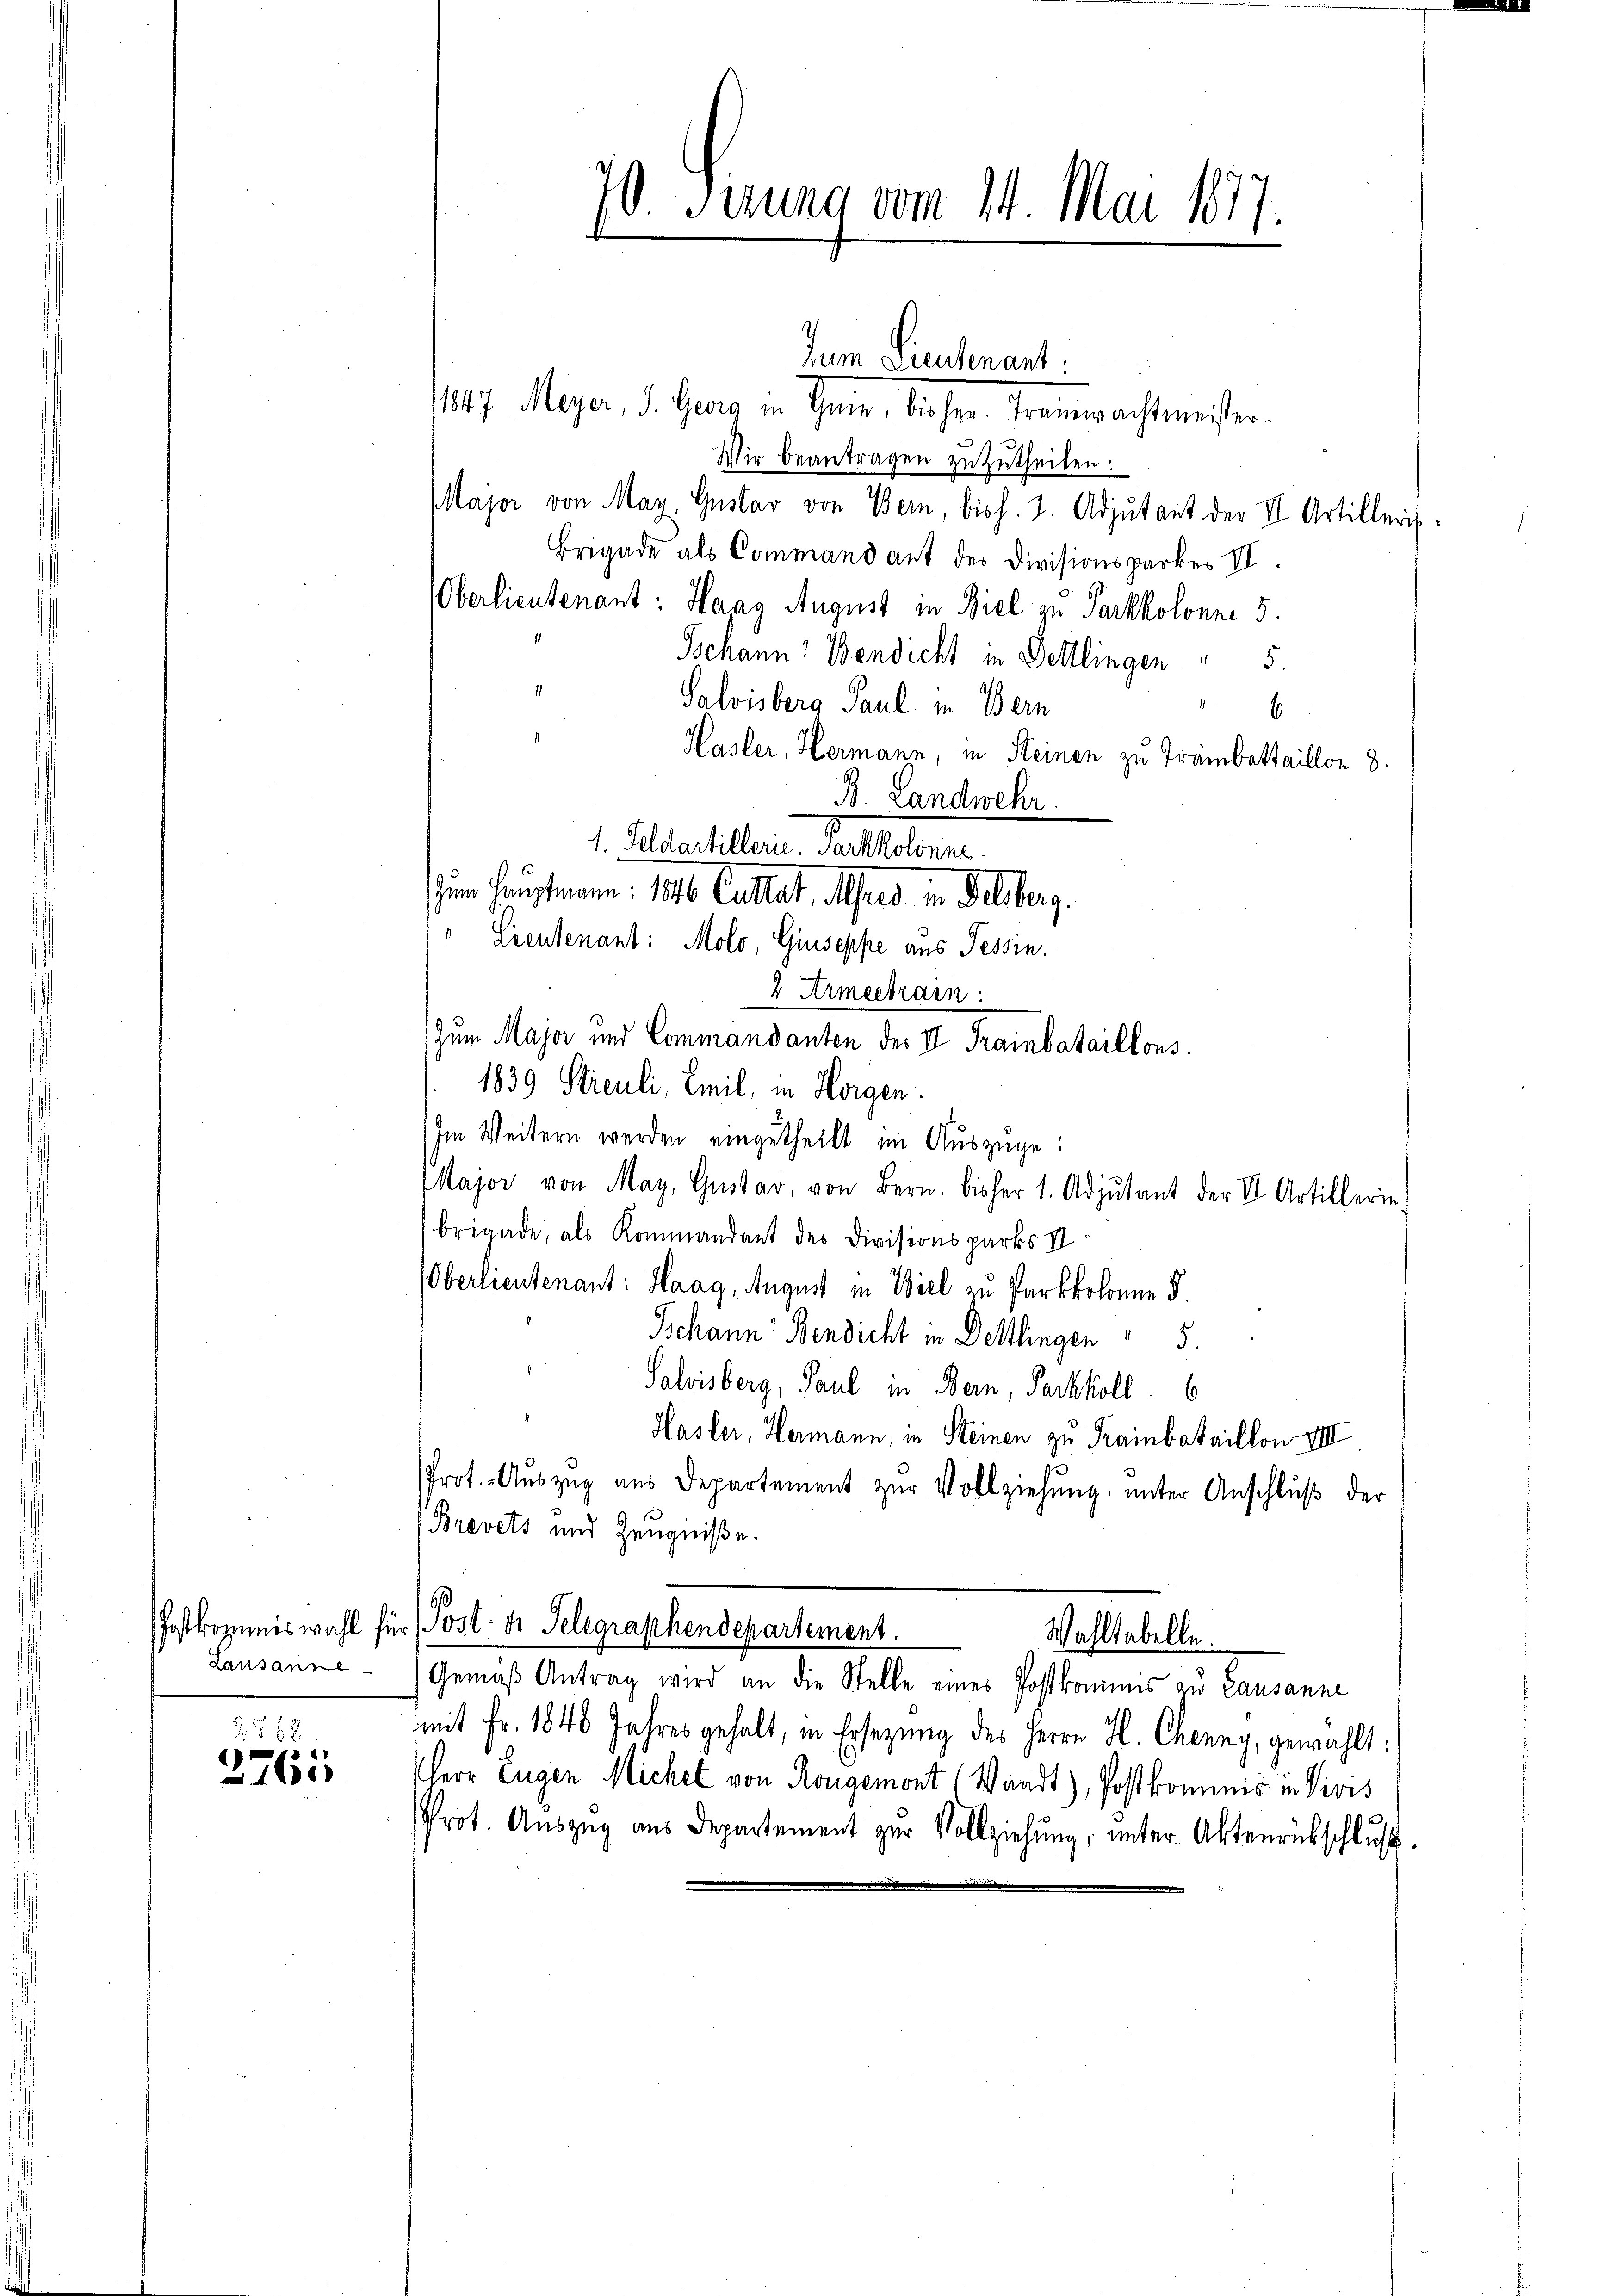
Postkommiswahl für
Lausanne

2768
2765

70. Sizung vom 24. Mai 1877.

1807. Meyer, d. Gera in Schein, dieser Tramwachtmeister-
Wir beantragen zuzutheilen.
Major von May, Gustav von Bern, bish. 2. Adjutant der II Artilleris
Brigade als Command aut des Divisionsparkes II.
Oberlieutenant: Haag August in Biel zu Parkkolonne 5.
Jschann: Bendicht in Delllingen " 5.
Salvisberg Paul. in Bern
6
Hasler, Hermann, in Steinen zu Trambattaillon 8.
B. Landwehr.
1. Stackeltern Verleben
um Hauptmann. 1896 Cultat, Auer in Felsberg.
.
Lieutenant: Molo, Giuseppe aus Tessin.
2 Armeetrain:
Zum Major und Commandanten des II. Trainbataillons.
1839 Streuli, Emil, in Horgen.
Im Weitern werden eingetheilt im Auszüge:
Major von May, Gustar, von Bern, bisher 1. Adjutant der VI Artillerin-
brigade, als Kommandant des Divisionsparks II
Oberlieutenant: Haag, August in Biel zu Parkkolonne §.
Tschann Bendicht in Dettlingen 5.
Salisberg, Paul in Bern, Sachkoll. 6
Hasler, Hermann, in Steinen zu Trainbataillon VIII.
Prot. Aŭszŭg aŭs Departement zŭr Vollziehŭng ŭnter Anschlŭβ der
Brevets und Zeugniße.
Post. d. Telegraphendepartement.
Wahltabelle.
Gemäß Antrag wird an die Stelle eines Postkominis zu Lausanne
mit Fr. 1848 Jahres gehalt, in Ersezung des Herrn H. Chenny, gewählt:
Herr Eugen Michel von Rongemont (Waadt), Postkommnis in Vivis
Prot. Aŭszŭg aŭs Departement zŭr Vollziehung, unter Aktenrückschluß.

Jum Liedenant: